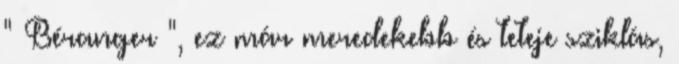
" Béranger ", ez már meredekebb és teteje sziklás,